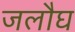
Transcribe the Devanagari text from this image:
जलौघ